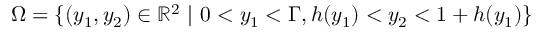
\begin{array} { r } { \Omega = \{ ( y _ { 1 } , y _ { 2 } ) \in \mathbb { R } ^ { 2 } \ | \ 0 < y _ { 1 } < \Gamma , h ( y _ { 1 } ) < y _ { 2 } < 1 + h ( y _ { 1 } ) \} } \end{array}